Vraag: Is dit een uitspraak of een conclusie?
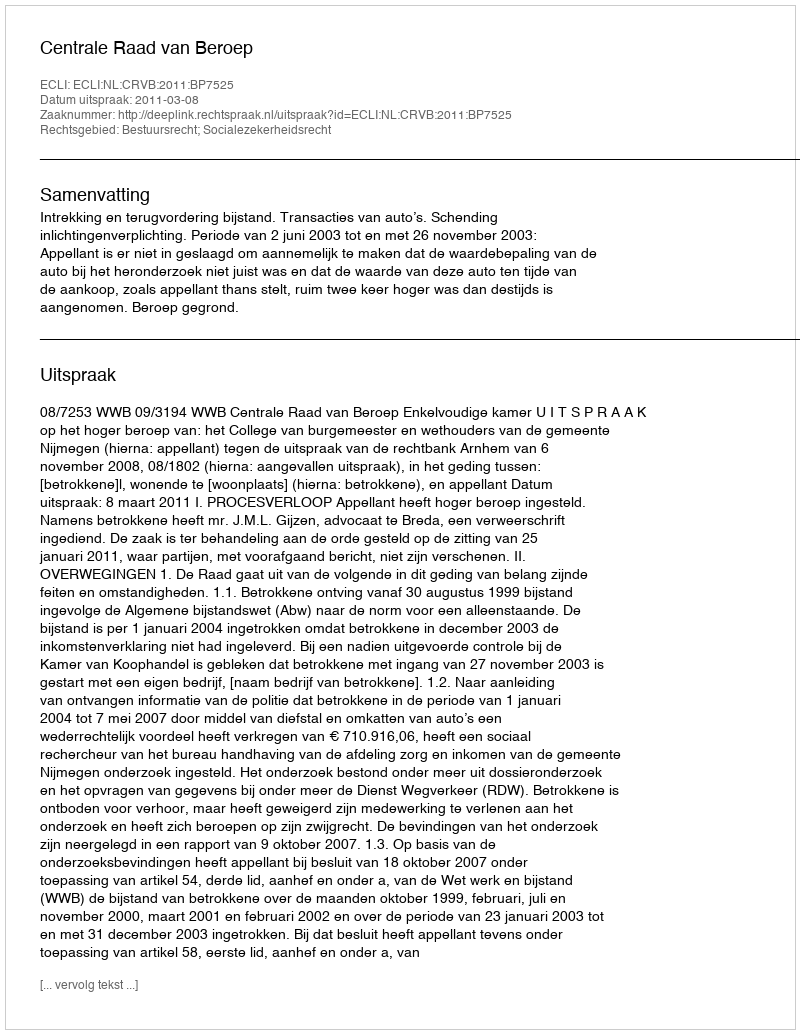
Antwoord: Uitspraak